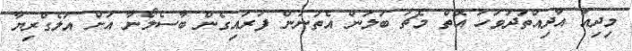
މިދިއަ އާދިއްތަދުވަހު އޮތް މެޗު ބަލަން އެތަނުން ފުރައިގެން ބާސެލޯނާ އަށް އަލެގްރިޔާ